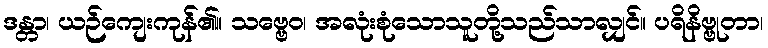
ဒန္တာ၊ ယဉ်ကျေးကုန်၏။ သဗ္ဗေဝ၊ အလုံးစုံသောသူတို့သည်သာလျှင်။ ပရိနိဗ္ဗုတာ၊